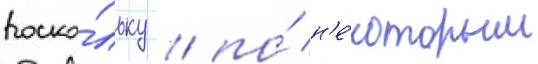
поско́льку / по́ н'е́которым